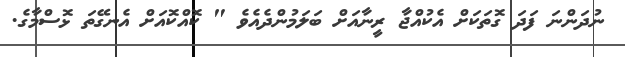
ނުދަންނަ ފަދަ ގޮތަކަށް އެކުއްޖާ ރީނާއަށް ބަލަމުންދެއެވެ " ކޮއްކޮއަށް އެނގޭތަ ޅޮސްމާގެ.